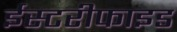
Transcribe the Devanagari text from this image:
ईस्टरीफाइड